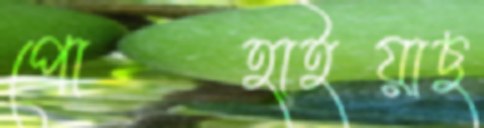
পোহাইয়াছ